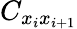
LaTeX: C_{x_{i}x_{i+1}}